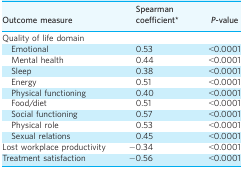
| Outcome measure | Spearman coefficient* | P-value |
 | --- | --- | --- |
 | <COLSPAN=3> Quality of life domain |
 | Emotional | 0.53 | <0.0001 |
 | Mental health | 0.44 | <0.0001 |
 | Sleep | 0.38 | <0.0001 |
 | Energy | 0.51 | <0.0001 |
 | Physical functioning | 0.40 | <0.0001 |
 | Food/diet | 0.51 | <0.0001 |
 | Social functioning | 0.57 | <0.0001 |
 | Physical role | 0.53 | <0.0001 |
 | Sexual relations | 0.45 | <0.0001 |
 | Lost workplace productivity | −0.34 | <0.0001 |
 | Treatment satisfaction | −0.56 | <0.0001 |